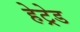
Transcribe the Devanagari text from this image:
हेट्रेड